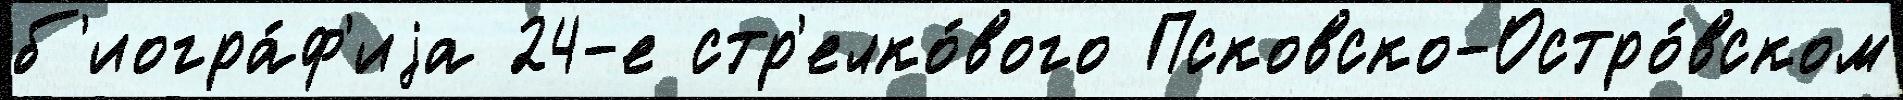
б'иогра́ф'иjа 24-е стр'елко́вого Псковско-Остро́вском